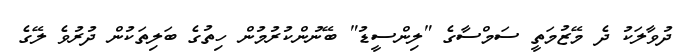
ދުވާލަކު ދެ މޭޒުމަތީ ސަމްސާގެ "ލިންސީޑު" ބޭނުންކުރުމުން ހިތުގެ ބަލިތަކުން ދުރުވެ ލޭގެ